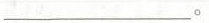
___。